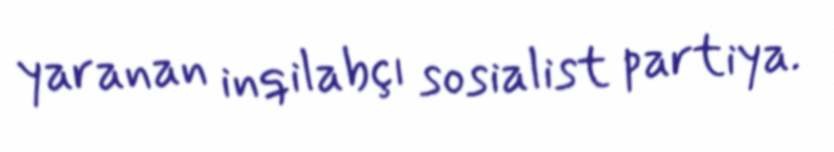
yaranan inqilabçı sosialist partiya.